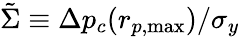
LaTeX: \tilde{\Sigma}\equiv\Delta p_{c}(r_{p,\mathrm{{max}}})/\sigma_{y}